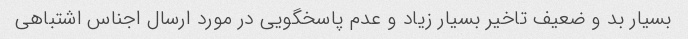
بسیار بد و ضعیف تاخیر بسیار زیاد و عدم پاسخگویی در مورد ارسال اجناس اشتباهی